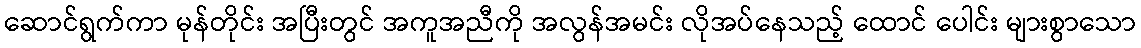
ဆောင်ရွက်ကာ မုန်တိုင်း အပြီးတွင် အကူအညီကို အလွန်အမင်း လိုအပ်နေသည့် ထောင် ပေါင်း များစွာသော